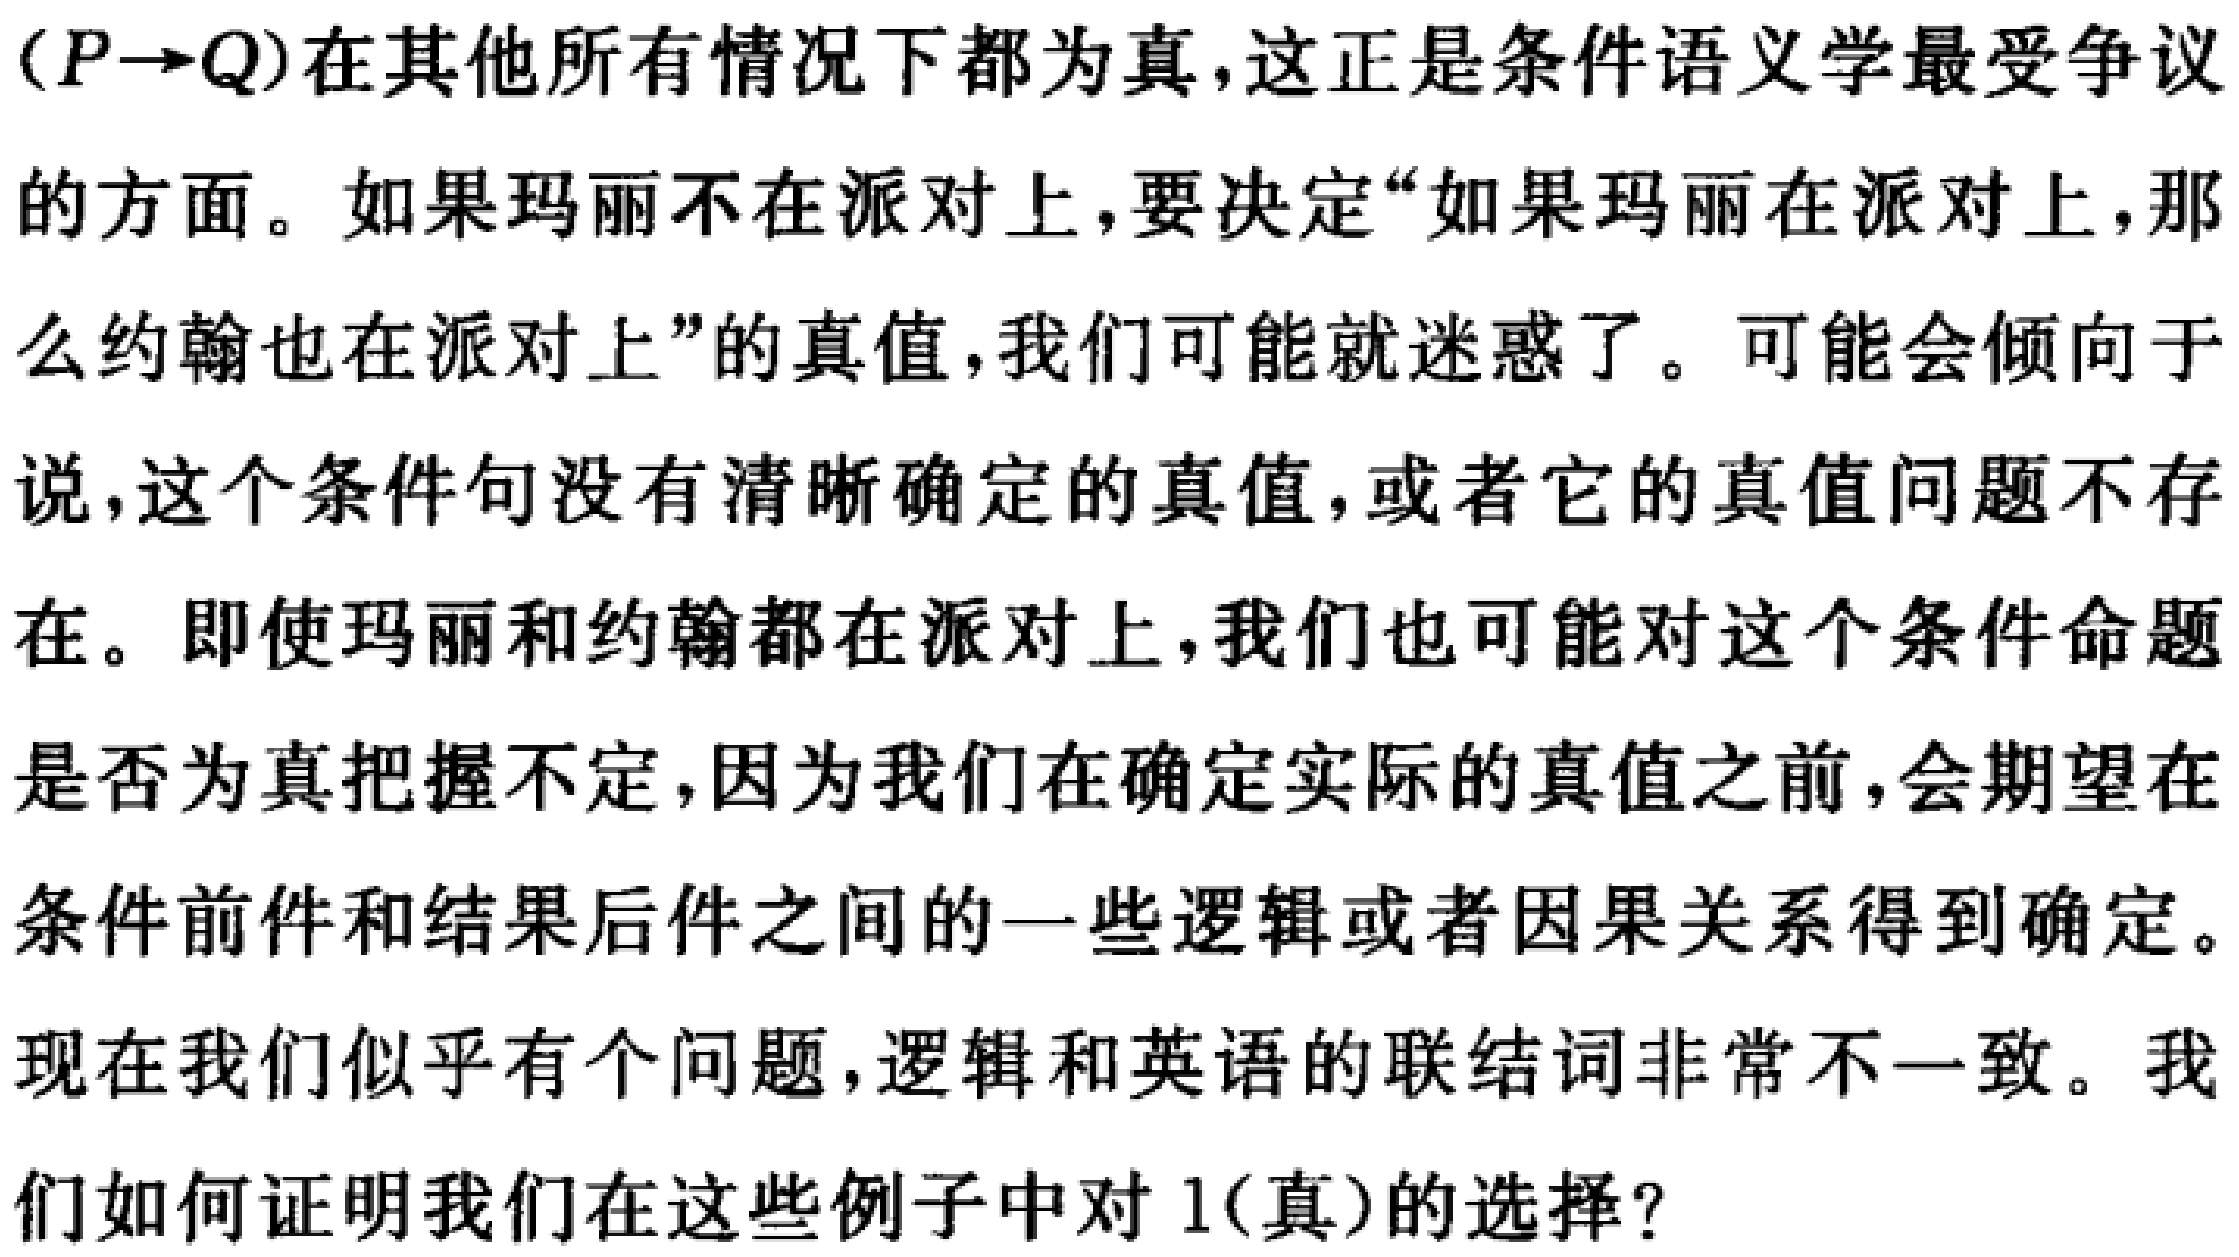
$(P\rightarrow Q)$在其他所有情况下都为真,这正是条件语义学最受争议
的方面。如果玛丽不在派对上,要决定“如果玛丽在派对上,那
么约翰也在派对上”的真值,我们可能就迷惑了。可能会倾向于
说,这个条件句没有清晰确定的真值,或者它的真值问题不存
在。即使玛丽和约翰都在派对上,我们也可能对这个条件命题
是否为真把握不定,因为我们在确定实际的真值之前,会期望在
条件前件和结果后件之间的一些逻辑或者因果关系得到确定。
现在我们似乎有个问题,逻辑和英语的联结词非常不一致。我
们如何证明我们在这些例子中对 1(真)的选择?